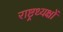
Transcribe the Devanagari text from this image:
राष्ट्रध्यक्षों